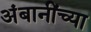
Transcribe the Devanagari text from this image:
अंबानींच्या